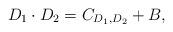
LaTeX: \begin{align*} D_1 \cdot D_2 = C_{D_1,D_2} + B,\end{align*}